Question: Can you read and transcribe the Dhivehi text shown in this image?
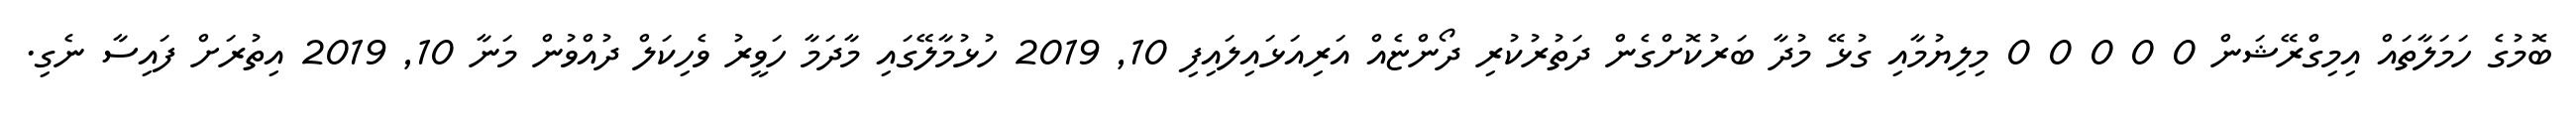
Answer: ބޮމުގެ ހަމަލާތައް އިމިގްރޭޝަން 0 0 0 0 0 މިލިޔުމާއި ގުޅޭ މުދާ ބަރުކޮށްގެން ދަތުރުކުރި ދޯންޏެއް އަރިއަޅައިލައިފި 10, 2019 ހުޅުމާލޭގައި މާދަމާ ހަވީރު ވެހިކަލް ދުއްވުން މަނާ 10, 2019 އިތުރަށް ފައިސާ ނެގި.